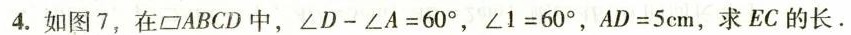
4.如图7，在▱ABCD中， $$∠ D - ∠ A = 6 0 °$$, $$∠ 1 = 6 0 °$$，$$A D = 5 c m$$，求EC的长.